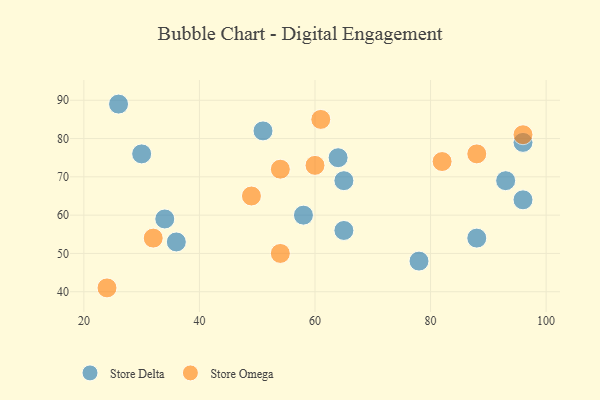
{"axis": {"x": "GDP", "y": "Life Expectancy"}, "legend": ["Store Delta", "Store Omega"], "data": [{"x": "65", "y": 69, "type": "Store Delta"}, {"x": "96", "y": 64, "type": "Store Delta"}, {"x": "26", "y": 89, "type": "Store Delta"}, {"x": "96", "y": 79, "type": "Store Delta"}, {"x": "30", "y": 76, "type": "Store Delta"}, {"x": "36", "y": 53, "type": "Store Delta"}, {"x": "34", "y": 59, "type": "Store Delta"}, {"x": "58", "y": 60, "type": "Store Delta"}, {"x": "93", "y": 69, "type": "Store Delta"}, {"x": "88", "y": 54, "type": "Store Delta"}, {"x": "65", "y": 56, "type": "Store Delta"}, {"x": "64", "y": 75, "type": "Store Delta"}, {"x": "51", "y": 82, "type": "Store Delta"}, {"x": "78", "y": 48, "type": "Store Delta"}, {"x": "61", "y": 85, "type": "Store Omega"}, {"x": "32", "y": 54, "type": "Store Omega"}, {"x": "54", "y": 72, "type": "Store Omega"}, {"x": "82", "y": 74, "type": "Store Omega"}, {"x": "54", "y": 50, "type": "Store Omega"}, {"x": "49", "y": 65, "type": "Store Omega"}, {"x": "88", "y": 76, "type": "Store Omega"}, {"x": "24", "y": 41, "type": "Store Omega"}, {"x": "60", "y": 73, "type": "Store Omega"}, {"x": "96", "y": 81, "type": "Store Omega"}]}